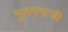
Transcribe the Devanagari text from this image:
मुलगन्दजी